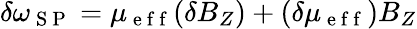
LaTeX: \delta\omega_{\mathrm{~S~P~}}=\mu_{\mathrm{~e~f~f~}}(\delta B_{Z})+(\delta\mu_{\mathrm{~e~f~f~}})B_{Z}